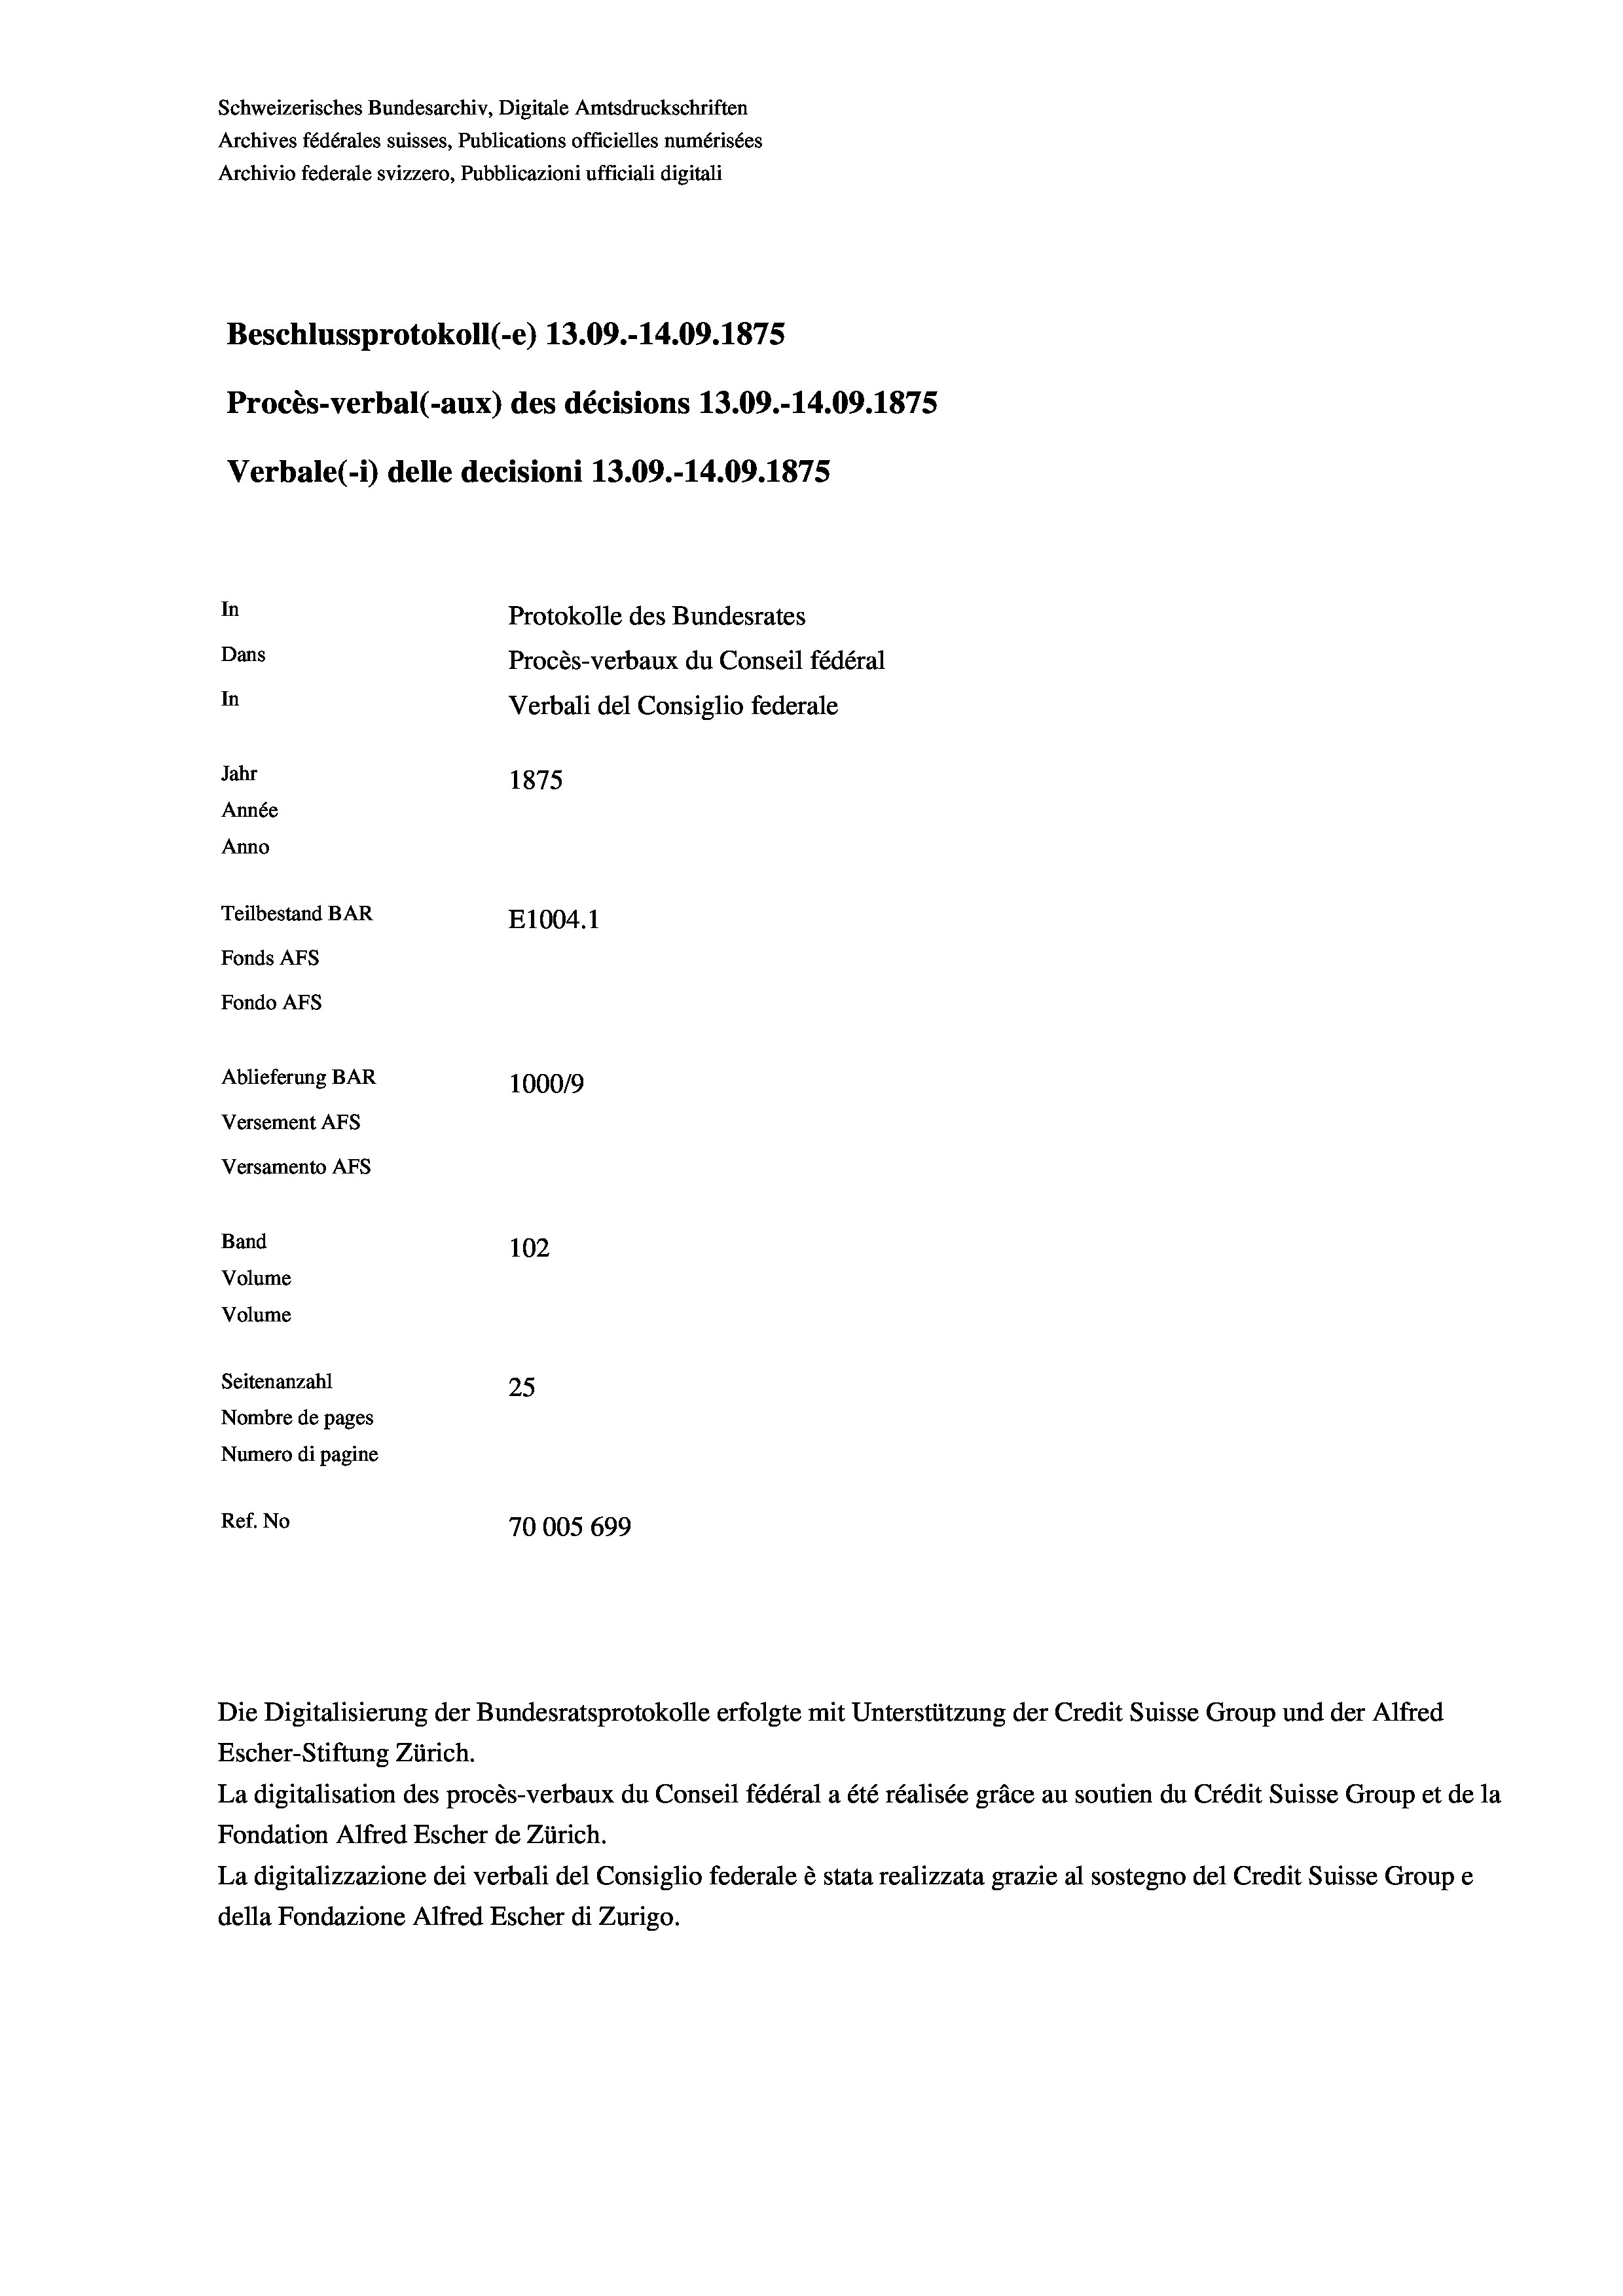
Schweizerisches Bundesarchiv, Digitale Amtsdruckschriften
Archives fédérales suisses, Publications officielles numérisées
Archivio federale svizzero, Pubblicazioni ufficiali digitali
Beschlussprotokoll (-e) 13.09.-14.09. 1875
Procès-verbal (-aux) des décisions 13.09.-14.09. 1875
Verbale(*) delle decisioni 13.09.-14.09. 1875
In
Protokolle des Bundesrates
Dans
Procès-verbaux du Conseil fédéral
In
Verbali del Consiglio federale
Jahr
1875
Année
Anno
Teilbestand BAR
E1004.1
Fonds AFs
Fondo Afs
Ablieferung BAR
100019
Versement AFs
Versamento AFs
Band
102
Volume

Volume

Seitenanzahl
25
Nombre de pages
Numero di pagine
Ref. No
70005 699

Die Digitalisierung der Bundesratsprotokolle erfolgte mit Unterstützung der Credit Suisse Group und der Alfred
Escher-Stiftung Zürich.
La digitalisation des procès-verbaux du Conseil fédéral a été réalisée gräce au soutien du Crédit Suisse Group et de la
Fondation Alfred Escher de Zürich.
La digitalizzazione dei verbali del Consiglio federale è stata realizzata grazie al sostegno del Credit Suisse Groupe
della Fondazione Alfred Escher di Zurigo.